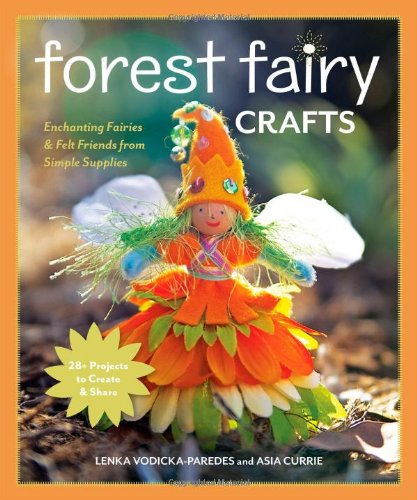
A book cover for Forest Fairy Crafts: Enchanting Fairies & Felt Friends from Simple Supplies  28+ Projects to Create & Share; Lenka Vodicka-Paredes; Crafts, Hobbies & Home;